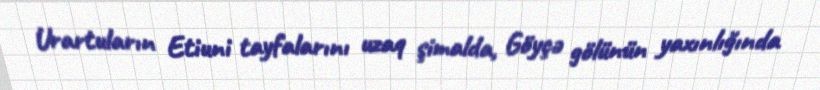
Urartuların Etiuni tayfalarını uzaq şimalda, Göyçə gölünün yaxınlığında